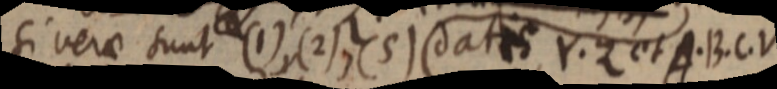
si verae sunt (1), (2), (5) datis Y. Z et A. B. C. V